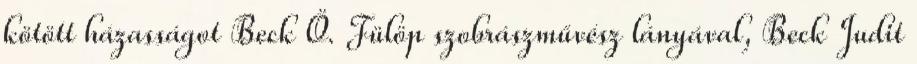
kötött házasságot Beck Ö. Fülöp szobrászművész lányával, Beck Judit